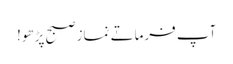
آپ فرماتے نماز صبح پڑھو!